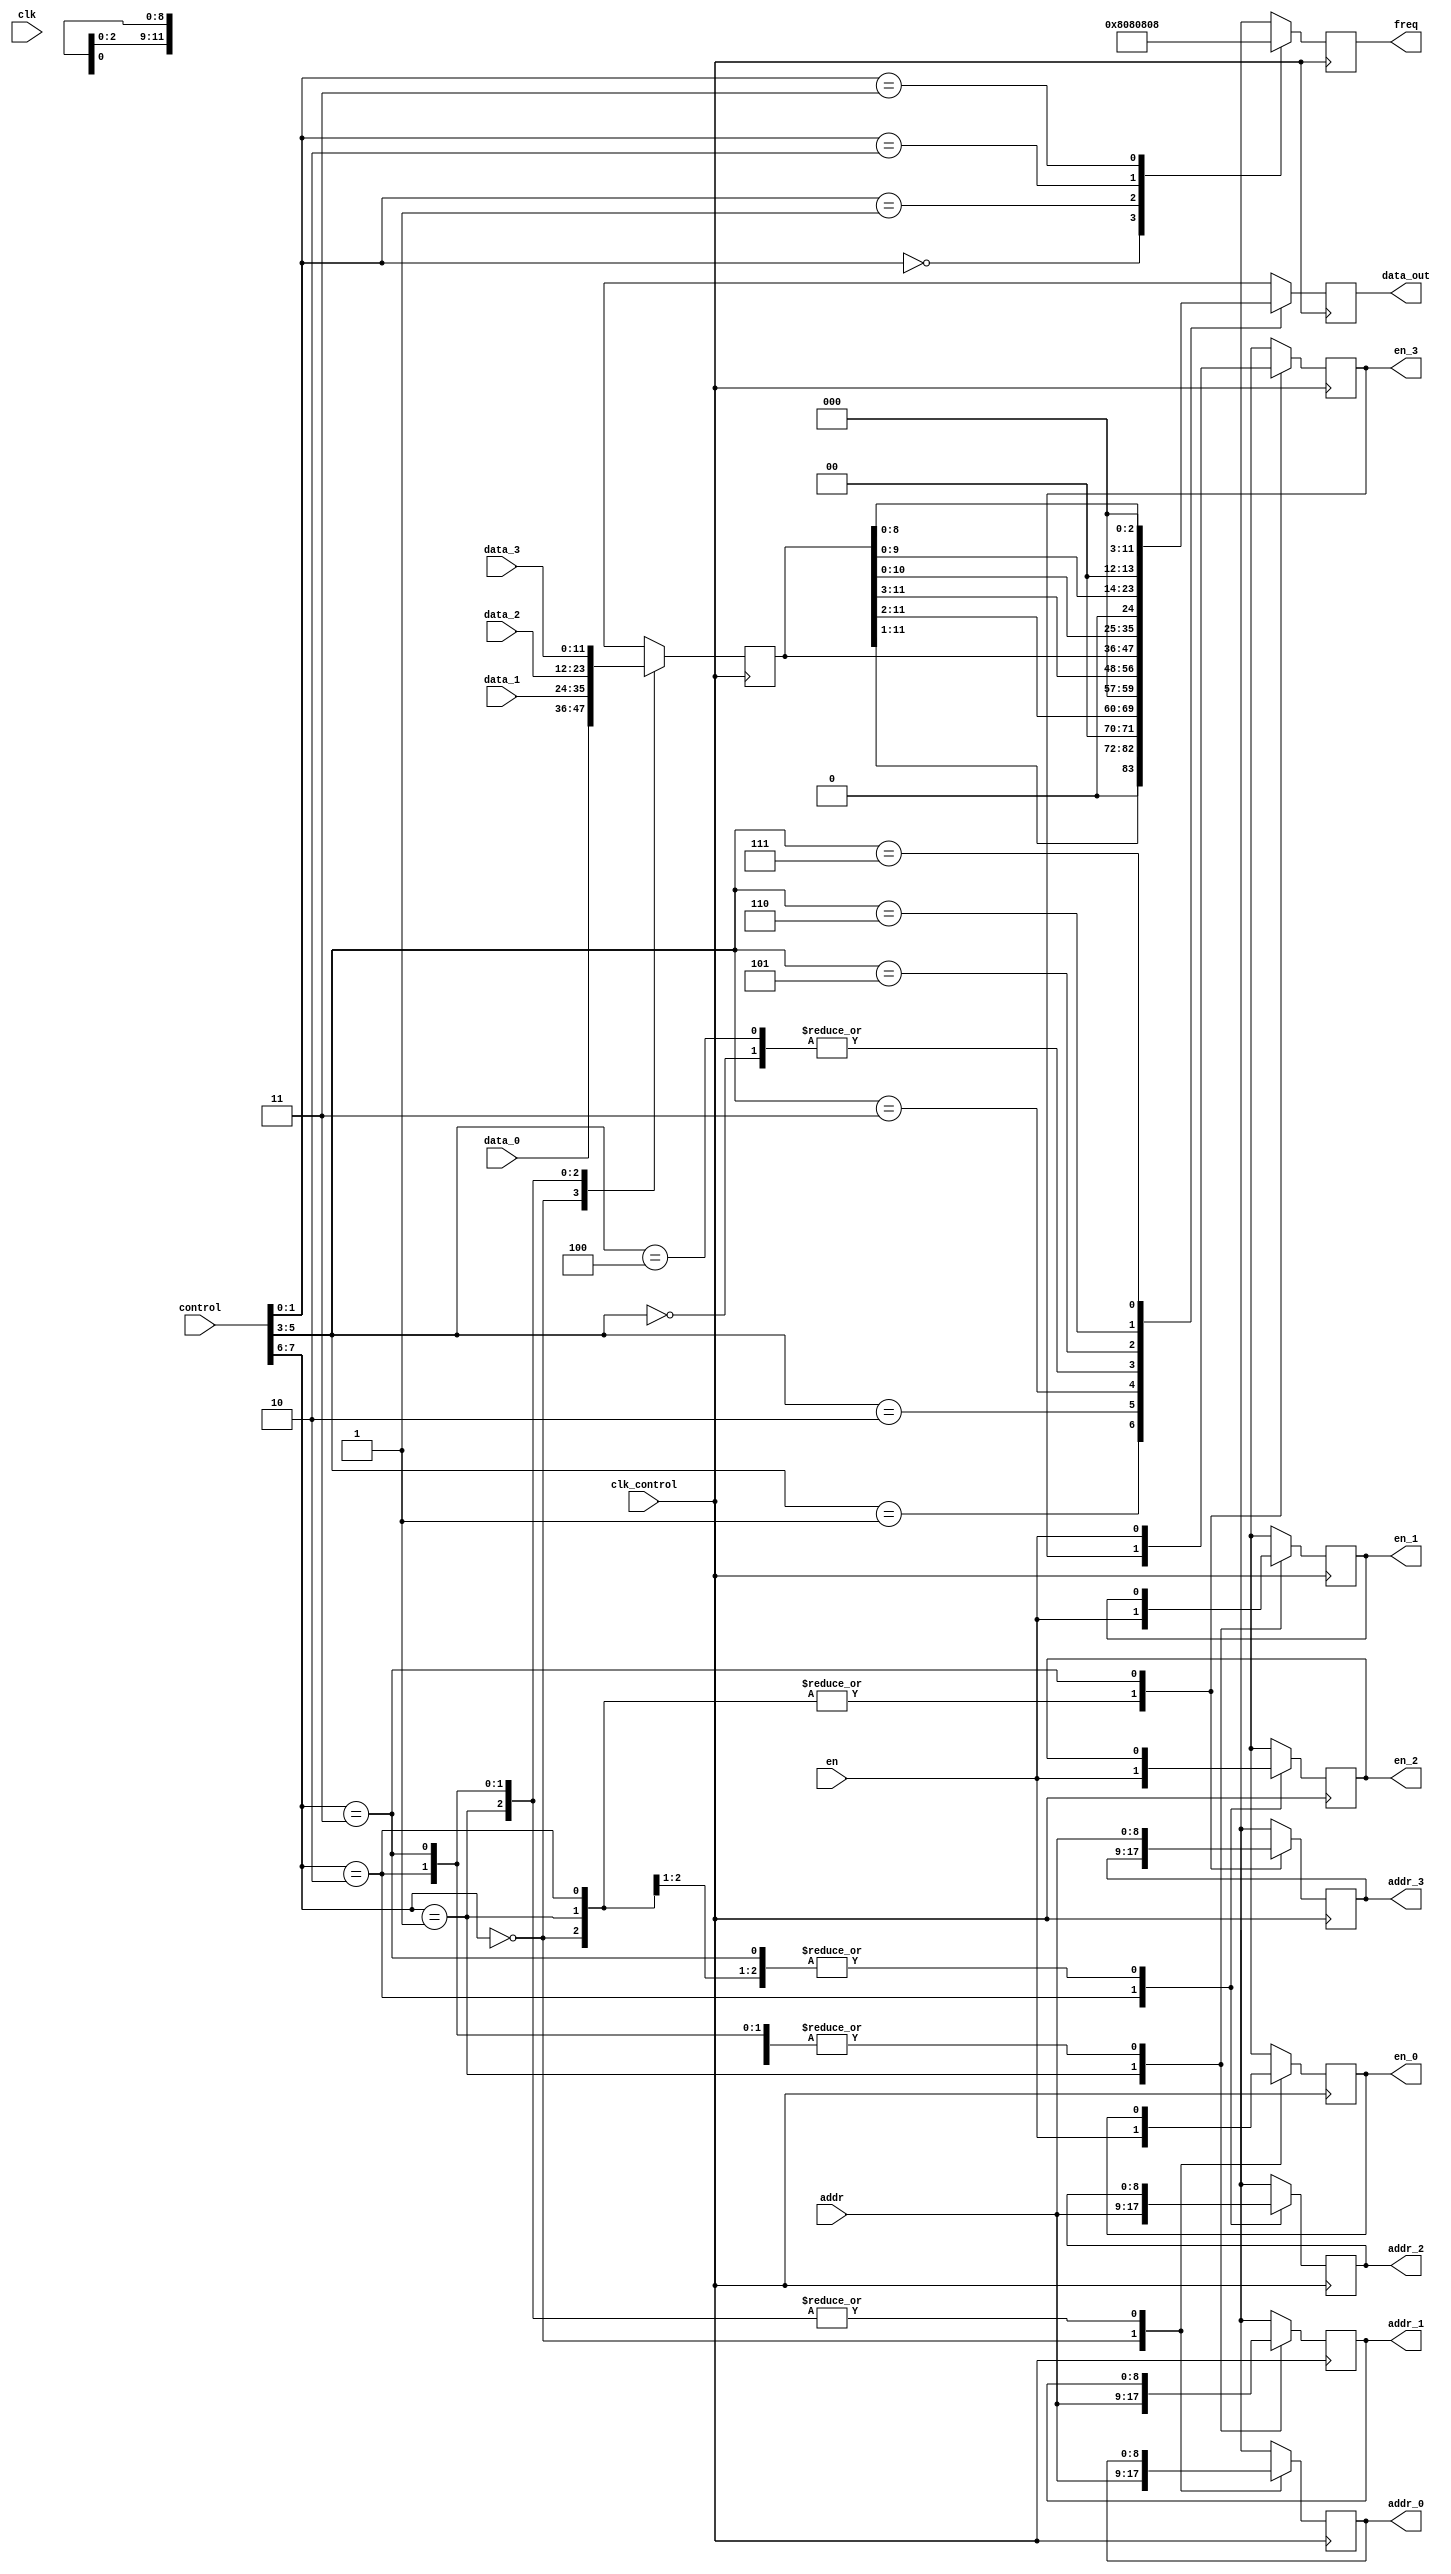
`timescale 1ns / 1ps
//////////////////////////////////////////////////////////////////////////////////
// Company: 
// Engineer: 
// 
// Design Name: 
// Module Name: switch
// Project Name: 
// Target Devices: 
// Tool Versions: 
// Description: 
// 
// Dependencies: 
// 
// Revision:
// Revision 0.01 - File Created
// Additional Comments:
// 
//////////////////////////////////////////////////////////////////////////////////


module switch(
    input clk,
    input [7:0] control,
	input clk_control,
//    output reg [1:0] led,
	input [11:0] data_0,
	input [11:0] data_1,
	input [11:0] data_2,
	input [11:0] data_3,
	output reg [11:0] data_out,
	input en,
	output reg en_0,
	output reg en_1,
	output reg en_2,
	output reg en_3,
	input [8:0] addr,
	output reg [8:0] addr_0,
	output reg [8:0] addr_1,
	output reg [8:0] addr_2,
	output reg [8:0] addr_3,
	output reg [8:0] freq
    );
//    assign freq = 9'd1;
/*
assign data_out = (control[7:6] == 2'd0)? data_0:((control[7:6] == 2'd1)?data_1:((control[7:6] == 2'd1)?data_2:data_3));
assign en_0 = (control[7:6] == 2'd0)?en:1'd0;
assign en_1 = (control[7:6] == 2'd1)?en:1'd0;
assign en_2 = (control[7:6] == 2'd2)?en:1'd0;
assign en_3 = (control[7:6] == 2'd3)?en:1'd0;
assign addr_0 = (control[7:6] == 2'd0)?addr:9'd0;
assign addr_1 = (control[7:6] == 2'd1)?addr:9'd0;
assign addr_2 = (control[7:6] == 2'd2)?addr:9'd0;
assign addr_3 = (control[7:6] == 2'd3)?addr:9'd0;
*/
/*
always@(posedge clk)
    case(control[7:6])
	    2'd0:begin
				data_out = data_0;
				en_0 = en;
				addr_0 = addr;
		    end
		2'd1:begin
		        data_out = data_1;
				en_1 = en;
				addr_1 = addr;
		    end
		2'd2:begin
		        data_out = data_2;
				en_2 = en;
				addr_2 = addr;
		    end
		2'd3:begin
		        data_out = data_3;
				en_3 = en;
				addr_3 = addr;
		    end
	endcase
*/

	reg [11:0] data;
always@(posedge clk_control)
    case(control[7:6])
	    2'd0:begin
				data = data_0;
				en_0 = en;
				addr_0 = addr;
		    end
		2'd1:begin
				data = data_1;
				en_1 = en;
				addr_1 = addr;
		    end
		2'd2:begin
				data = data_2;
				en_2 = en;
				addr_2 = addr;
		    end
		2'd3:begin
				data = data_3;
				en_3 = en;
				addr_3 = addr;
		    end
	endcase

always@(posedge clk_control)
    case(control[5:3])
	    3'd0:begin
		        data_out = data;
		    end
		3'd1:begin
		        data_out = (data >> 1);
		    end
		3'd2:begin
		        data_out = (data >> 2);
		    end
		3'd3:begin
		        data_out = (data >> 3);
		    end
		3'd4:begin
		        data_out = data;
		    end
		3'd5:begin
		        data_out = (data << 1);
		    end
		3'd6:begin
		        data_out = (data << 2);
		    end
		3'd7:begin
		        data_out = (data << 3);
		    end
	endcase

always@(posedge clk_control)
    case(control[1:0])
	    3'd0:begin
		        freq = 9'd1;
		    end
		3'd1:begin
		        freq = 9'd2;
		    end
		3'd2:begin
		        freq = 9'd4;
		    end
		3'd3:begin
		        freq = 9'd8;
		    end
		3'd4:begin
		        freq = 9'd16;
		    end
		3'd5:begin
		        freq = 9'd32;
		    end
		3'd6:begin
		        freq = 9'd64;
		    end
		3'd7:begin
		        freq = 9'd128;
		    end
	endcase

endmodule